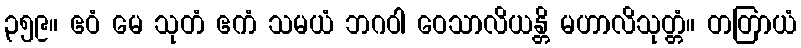
၃၅၉။ ဧဝံ မေ သုတံ ဧကံ သမယံ ဘဂဝါ ဝေသာလိယန္တိ မဟာလိသုတ္တံ။ တတြာယံ